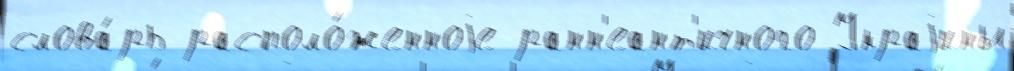
слова́рь располо́женноjе ранн'еант'ичного Украjины